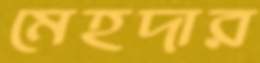
মেহদার